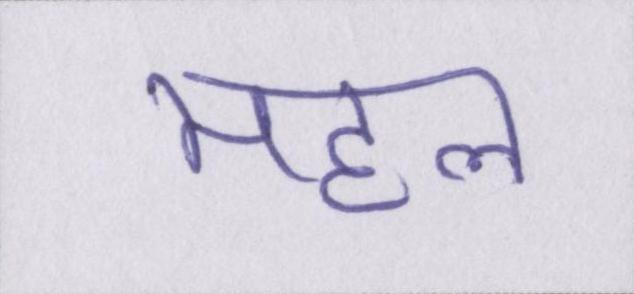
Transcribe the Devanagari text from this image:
महल